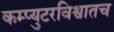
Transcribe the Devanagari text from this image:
कम्प्युटरविश्वातच